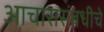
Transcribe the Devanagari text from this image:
आचारासंबधीचे